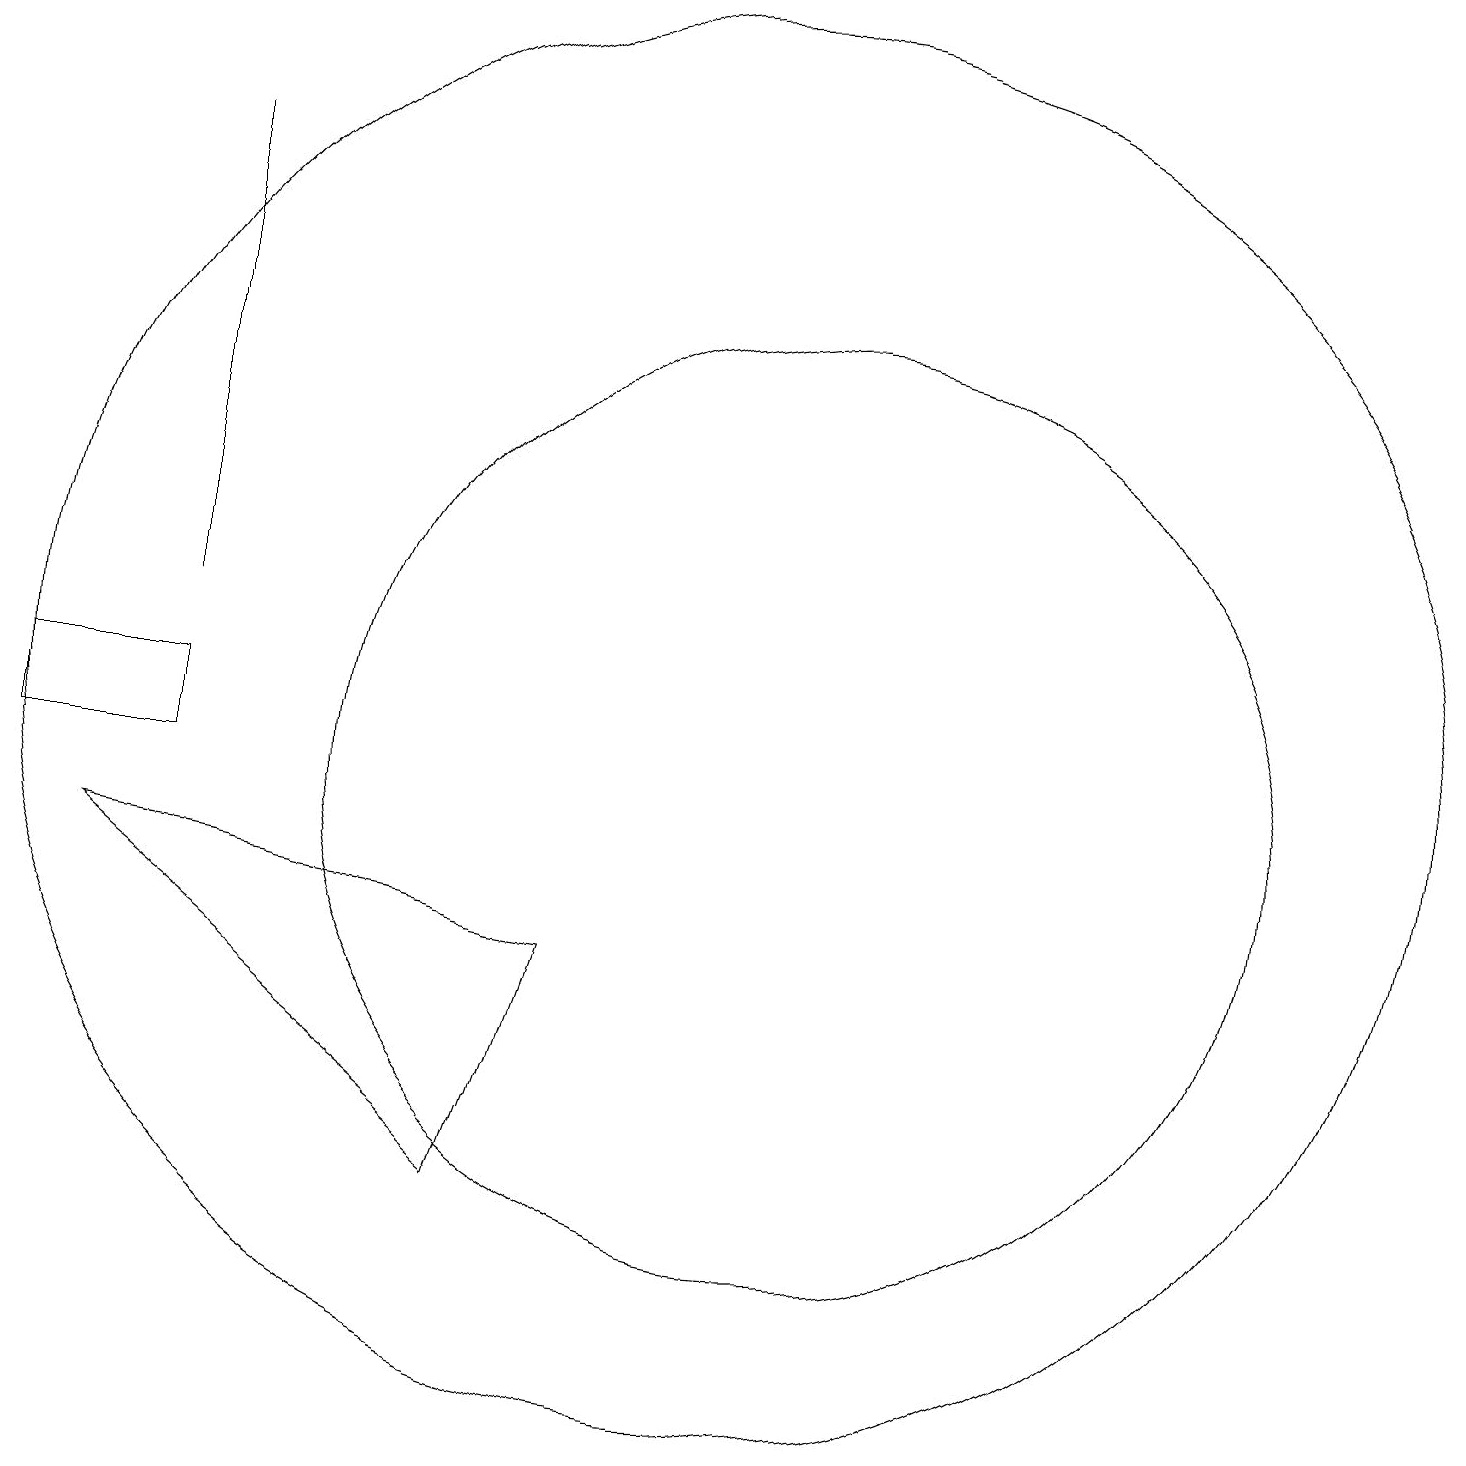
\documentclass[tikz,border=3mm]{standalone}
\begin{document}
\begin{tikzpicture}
\draw (3,12) rectangle (3,18);
\draw (7,5) -- (2,9) -- (8,8) -- cycle;
\draw (10,11) circle (9);
\draw (1,11) rectangle (3,10);
\draw (11,10) circle (6);
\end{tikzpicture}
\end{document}